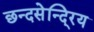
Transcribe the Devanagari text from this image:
छन्दसेन्दि्रय